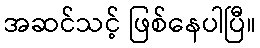
အဆင်သင့် ဖြစ်နေပါပြီ။